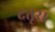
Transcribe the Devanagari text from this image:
दतूरा